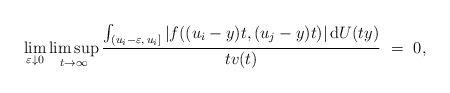
LaTeX: \begin{align*} \lim_{\varepsilon\downarrow 0} \limsup_{t\to\infty}\frac{\int_{(u_i-\varepsilon, \, u_i]} |f((u_i-y)t,(u_j-y)t)| \, {\rm d}U(ty)}{tv(t)} ~=~ 0,\end{align*}